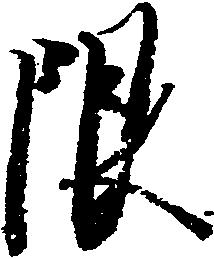
限